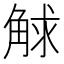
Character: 觩